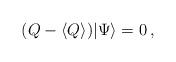
LaTeX: \begin{align*}(Q-\langle Q\rangle)|\Psi\rangle=0\,,\end{align*}